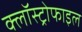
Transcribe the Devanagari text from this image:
क्लॉस्ट्रोफाइल